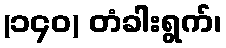
(၁၄၀) တံခါးရွက်၊